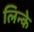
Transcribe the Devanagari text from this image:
लिन्के